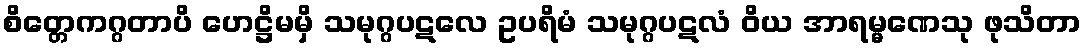
စိတ္တေကဂ္ဂတာပိ ဟေဋ္ဌိမမှိ သမုဂ္ဂပဋလေ ဥပရိမံ သမုဂ္ဂပဋလံ ဝိယ အာရမ္မဏေသု ဖုသိတာ